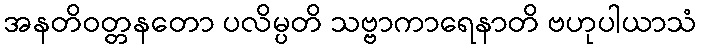
အနတိဝတ္တနတော ပလိမ္ပတိ သဗ္ဗာကာရေနာတိ ဗဟုပါယာသံ